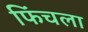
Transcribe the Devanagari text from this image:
फिंचला